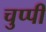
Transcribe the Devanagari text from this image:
चुप्‍पी